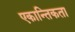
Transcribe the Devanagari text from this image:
एकान्तिकता